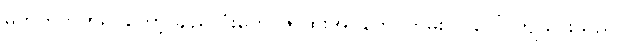
မတ်တတ်ထရပ်တော့ ချည်လုံးတွေ၊ ဇာထိုးအပ်တွေ ကြမ်းပြင်ပေါ် ကျသွားသည်။